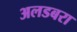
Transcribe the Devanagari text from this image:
अलडबरा